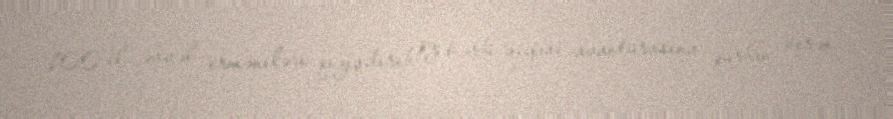
100 il əvvəl erməniləri qızışdırıb öz hərbi-siyasi avantürasına qurban verən